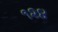
૧૨૪